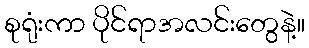
စုရုံးကာ ပိုင်ရာအလင်းတွေနဲ့။